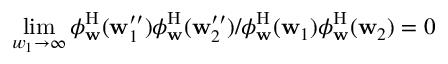
\operatorname* { l i m } _ { w _ { 1 } \to \infty } \phi _ { \mathbf { w } } ^ { \mathrm { H } } ( \mathbf { w } _ { 1 } ^ { \prime \prime } ) \phi _ { \mathbf { w } } ^ { \mathrm { H } } ( \mathbf { w } _ { 2 } ^ { \prime \prime } ) / \phi _ { \mathbf { w } } ^ { \mathrm { H } } ( \mathbf { w } _ { 1 } ) \phi _ { \mathbf { w } } ^ { \mathrm { H } } ( \mathbf { w } _ { 2 } ) = 0